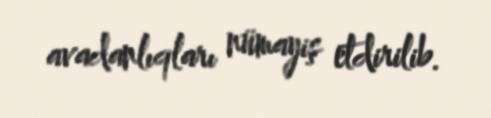
avadanlıqları nümayiş etdirilib.